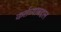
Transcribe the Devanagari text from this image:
कर्तव्याबद्दल